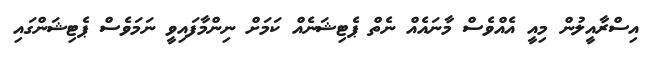
އިސްރާއީލުން މިއީ އެއްވެސް މާނައެއް ނެތް ޕެޓިޝަނެއް ކަމަށް ނިންމާފައިވީ ނަމަވެސް ޕެޓިޝަންގައި